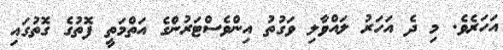
އަހަރެވެ. މި ދެ އަހަރު ލައްވާލި ވަގުތު އިންވެސްޓަރުންގެ އަތްމަތީ ފޮތުގެ ގޮތުގައި